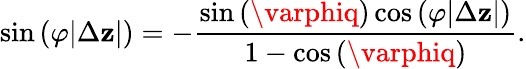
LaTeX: \sin{(\varphi|\Delta\mathbf{z}|)}=-\frac{{\sin{(\varphiq)}\cos{(\varphi|\Delta\mathbf{z}|)}}}{{1-\cos{(\varphiq)}}}.